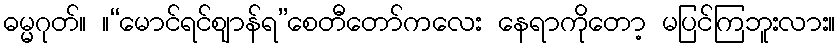
ဓမ္မဂုတ်။ ။“မောင်ရင်ဈာန်ရ”စေတီတော်ကလေး နေရာကိုတော့ မပြင်ကြဘူးလား။